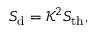
S _ { \mathrm { d } } = \mathcal { K } ^ { 2 } S _ { \mathrm { t h } } ,